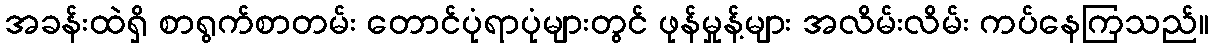
အခန်းထဲရှိ စာရွက်စာတမ်း တောင်ပုံရာပုံများတွင် ဖုန်မှုန့်များ အလိမ်းလိမ်း ကပ်နေကြသည်။